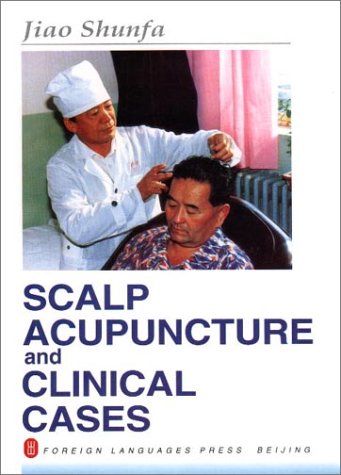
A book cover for Scalp Acupuncture and Clinical Cases; Jiao Shunfa; Health, Fitness & Dieting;